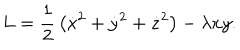
LaTeX: L = \frac { 1 } { 2 } \, \left( \dot { x } ^ { 2 } + \dot { y } ^ { 2 } + \dot { z } ^ { 2 } \right) - \lambda x y .